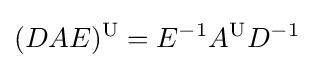
(DAE)^{\mathrm {U} }=E^{-1}A^{\mathrm {U} }D^{-1}